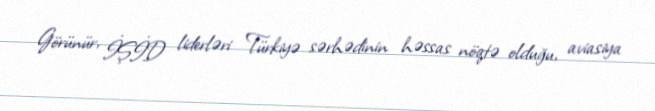
Görünür, İŞİD liderləri Türkiyə sərhədinin həssas nöqtə olduğu, aviasiya